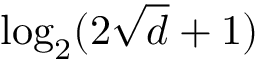
\log _ { 2 } ( 2 \sqrt { d } + 1 )